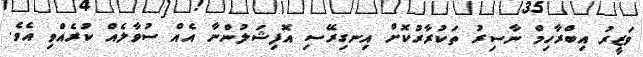
ވަޒީރު އިބްރާހިމް ނާސިރު ތަކުރާރުކޮށް އިނގިރޭސި އޮފިޝަލުންނާ އެއް ސުވާލެއް ކުރެއްވި އެވެ.